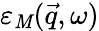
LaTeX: \varepsilon_{\mathit{M}}(\vec{{q}},\omega)